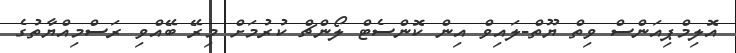
އޮލިމްޕިއަންސް ވިތް ޔޫތް-ލައިވް އިން ކޮންސެޓް ލޯންޗް ކުރުމަށް މިރޭ ބޭއްވި ރަސްމިއްޔާތުގެ